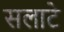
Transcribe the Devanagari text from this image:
सलाटे